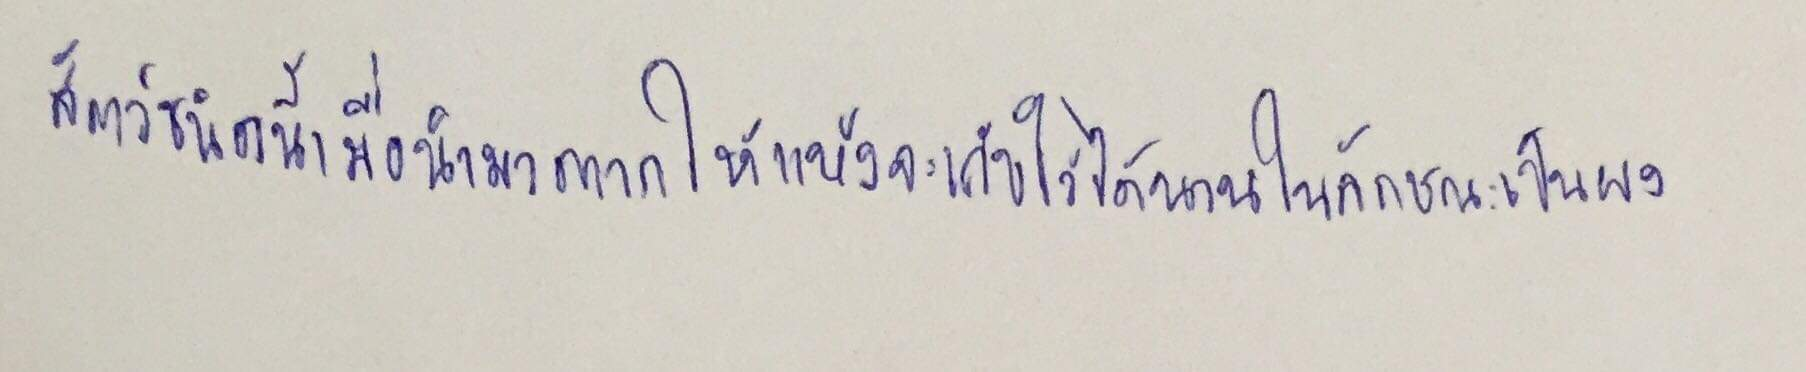
สัตว์ชนิดนี้เมื่อนำมาตากให้แห้งจะเก็บไว้ได้นานในลักษณะเป็นผง